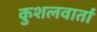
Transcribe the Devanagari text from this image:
कुशलवार्ता